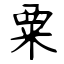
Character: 粟